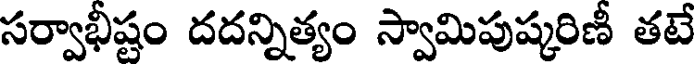
సర్వాభీష్టం దదన్నిత్యం స్వామిపుష్కరిణీ తటే